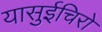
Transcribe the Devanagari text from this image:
यासुईचिरो